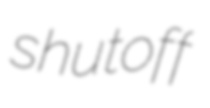
shutoff